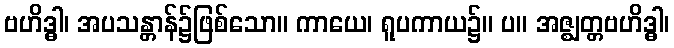
ဗဟိဒ္ဓါ၊ အပသန္တာန်၌ဖြစ်သော။ ကာယေ၊ ရူပကာယ၌။ ပ။ အဇ္ဈတ္တဗဟိဒ္ဓါ၊